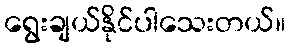
ရွေးချယ်နိုင်ပါသေးတယ်။